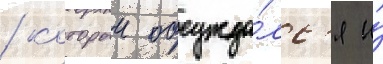
/ которыи обсужда́лс'я и́